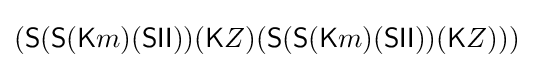
({\textsf {S}}({\textsf {S}}({\textsf {K}}m)({\textsf {S}}{\textsf {I}}{\textsf {I}}))({\textsf {K}}Z)({\textsf {S}}({\textsf {S}}({\textsf {K}}m)({\textsf {S}}{\textsf {I}}{\textsf {I}}))({\textsf {K}}Z)))